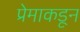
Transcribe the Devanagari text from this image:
प्रेमाकडून